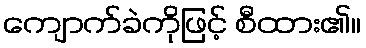
ကျောက်ခဲကိုဖြင့် စီထား၏။